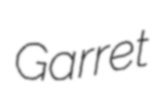
Garret